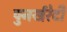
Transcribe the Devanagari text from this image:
पुनर्खरेदी